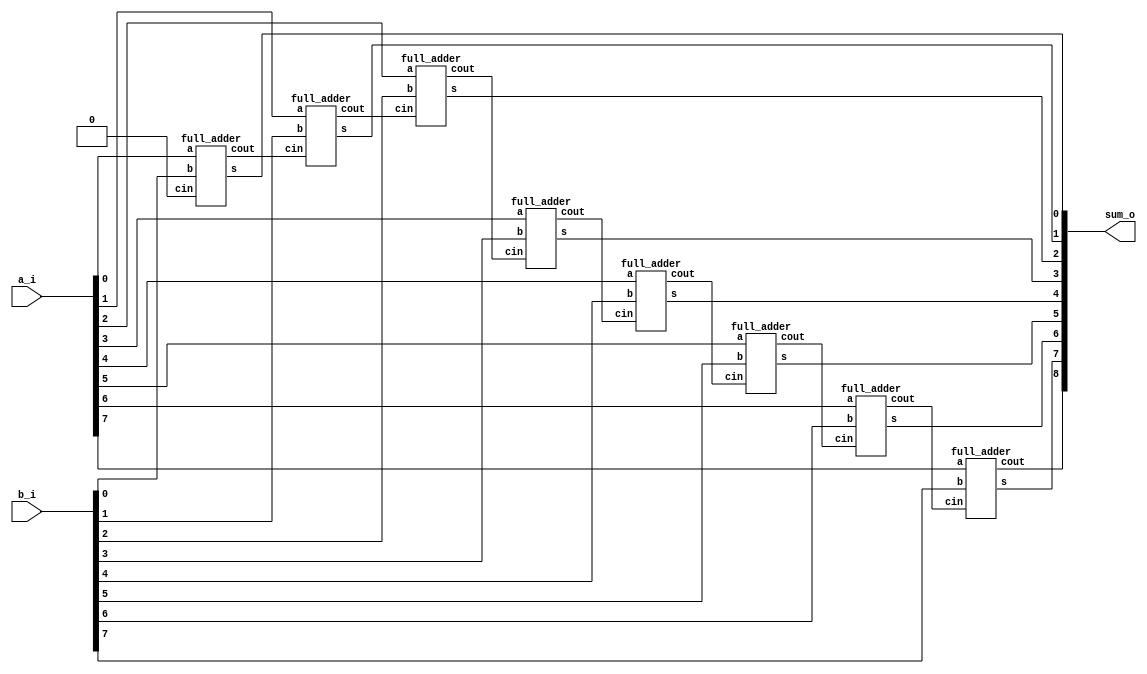
module rca 
#(
 parameter width = 8
)(
    input [width-1:0] a_i,
    input [width-1:0] b_i,
    output [width:0] sum_o
);

wire [width-1:0] temp_sum;
wire [width:0] temp_c;

assign temp_c[0]=1'b0;

genvar gi;

generate
for(gi=0;gi<width; gi=gi+1) begin:fas
    full_adder fa(
        .a(a_i[gi]),
        .b(b_i[gi]),
        .cin(temp_c[gi]),
        .s(temp_sum[gi]),
        .cout(temp_c[gi+1])
     );
end
endgenerate

assign sum_o= {temp_c[width],temp_sum};
endmodule

module full_adder(
 input a,b,cin,
 output s,cout
 );
 assign s = a ^ b ^ cin;
 assign cout = (a & b) | (b & cin) | (a & cin); 

 endmodule